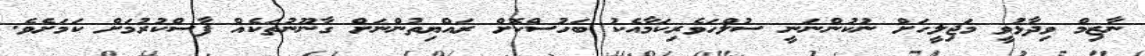
ނާޒިމް ވިދާޅުވީ މަޖިލީހަށް ނުކުންނަނީ ސުލްހަވެރިކަމާއެކު ބަހުސްކޮށް ރައްޔިތުންނަށް ގާނޫނުތަކެއް ފާސްކުރުމަށް ކަމަށެވެ.